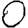
Digit: 0